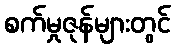
စက်မှုဇုန်များတွင်